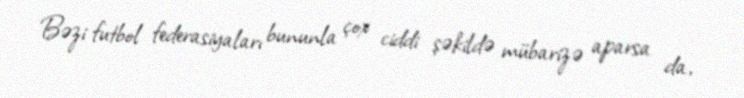
Bəzi futbol federasiyaları bununla çox ciddi şəkildə mübarizə aparsa da,